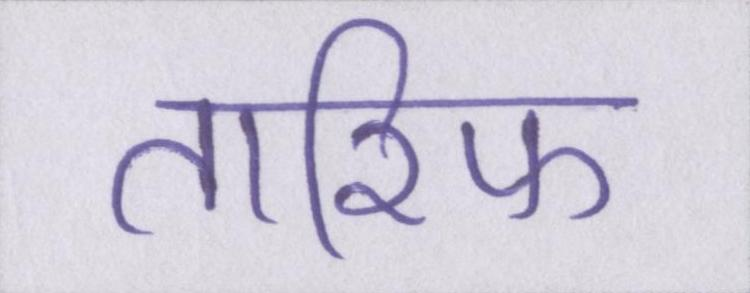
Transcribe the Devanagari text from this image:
तारिफ